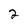
Character: 2